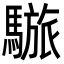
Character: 𩥆